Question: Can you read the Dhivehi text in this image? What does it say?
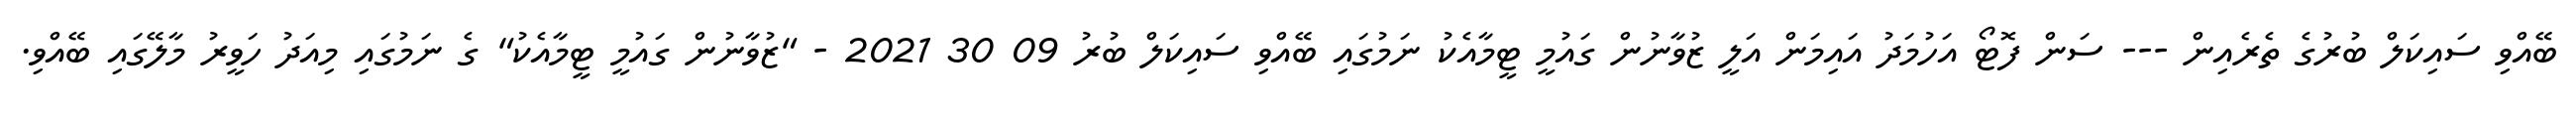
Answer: ބޭއްވި ސައިކަލް ބުރުގެ ތެރެއިން --- ސަން ފޮޓޯ އަހުމަދު އައިމަން އަލީ ޒުވާނުން ގައުމީ ޓީމާއެކު ނަމުގައި ބޭއްވި ސައިކަލް ބުރު 09 30 2021 - "ޒުވާނުން ގައުމީ ޓީމާއެކު" ގެ ނަމުގައި މިއަދު ހަވީރު މާލޭގައި ބޭއްވި.